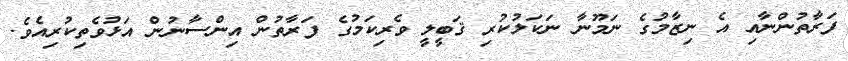
ފަރާތުންނާއި އެ ނިޒާމުގެ ނަމޫނާ ނަކަލުކުރި ޤަބީލީ ވެރިކަމުގެ ފަރާތުން އިންސާނުން އަޅުވެތިކުރިއެވެ.